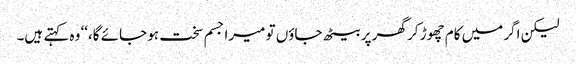
لیکن اگر میں کام چھوڑ کر گھر پر بیٹھ جاؤں تو میرا جسم سخت ہو جائے گا،‘‘ وہ کہتے ہیں۔